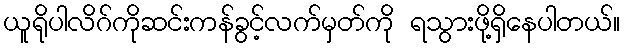
ယူရိုပါလိဂ်ကိုဆင်းကန်ခွင့်လက်မှတ်ကို ရသွားဖို့ရှိနေပါတယ်။